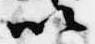
以